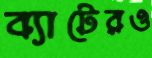
ব্যাটেরও